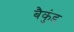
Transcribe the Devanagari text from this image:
बैकुंड